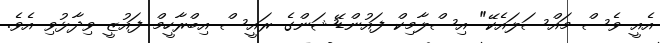
އެއީ ވެސް މައްސަލައެކޭ" އިސްލާމިކް ފައުންޑޭޝަންގެ ރައީސް އިބްރާހީމް ފައުޒީ ވިދާޅުވި އެވެ.